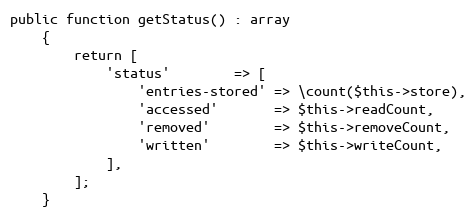
Language: PHP
public function getStatus() : array
    {
        return [
            'status'        => [
                'entries-stored' => \count($this->store),
                'accessed'       => $this->readCount,
                'removed'        => $this->removeCount,
                'written'        => $this->writeCount,
            ],
        ];
    }